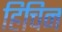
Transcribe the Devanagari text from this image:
हिचिन